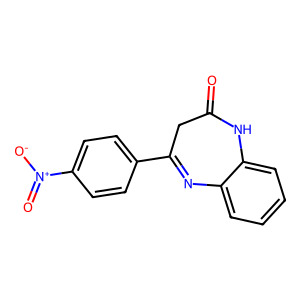
SMILES: O=C1CC(c2ccc([N+](=O)[O-])cc2)=Nc2ccccc2N1
Inhibits HIV replication: No